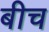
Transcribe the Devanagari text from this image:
बीच